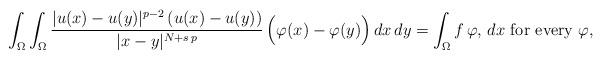
LaTeX: \begin{align*}\int_{\Omega}\int_{\Omega} \frac{|u(x)-u(y)|^{p-2}\,(u(x)-u(y))}{|x-y|^{N+s\,p}}\,\Big(\varphi(x)-\varphi(y)\Big)\,dx\,dy=\int_\Omega f\, \varphi,\,dx\mbox{ for every }\varphi,\end{align*}